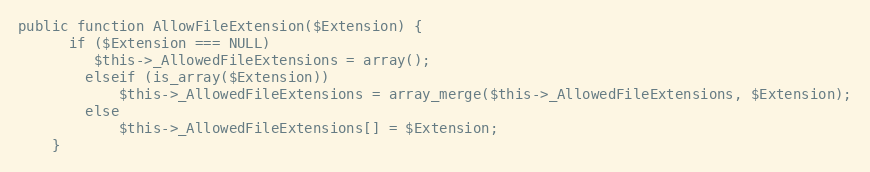
Language: PHP
public function AllowFileExtension($Extension) {
      if ($Extension === NULL)
         $this->_AllowedFileExtensions = array();
		elseif (is_array($Extension))
			$this->_AllowedFileExtensions = array_merge($this->_AllowedFileExtensions, $Extension);
		else
			$this->_AllowedFileExtensions[] = $Extension;
	}